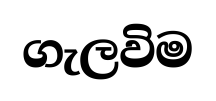
ගැලවිම